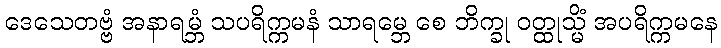
ဒေသေတဗ္ဗံ အနာရမ္ဘံ သပရိက္ကမနံ သာရမ္ဘေ စေ ဘိက္ခု ဝတ္ထုသ္မိံ အပရိက္ကမနေ